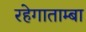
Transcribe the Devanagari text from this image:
रहेगाताम्बा